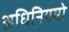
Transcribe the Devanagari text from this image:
अधिनियमो